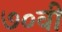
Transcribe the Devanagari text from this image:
७०वीं